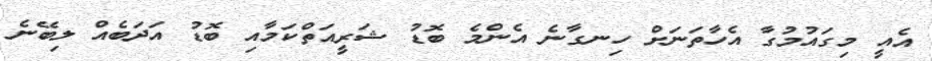
އެއީ މިގައުމުގާ އެހާތަނަށް ހިނގާނެ އެންމެ ބޮޑު ޝަރީއަތްކަމާއި ބޮޑު އަދަބެއް ލިބޭނެ